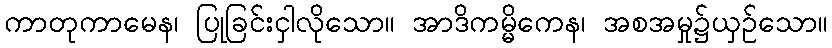
ကာတုကာမေန၊ ပြုခြင်းငှါလိုသော။ အာဒိကမ္မိကေန၊ အစအမှု၌ယှဉ်သော။